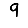
Digit: 9